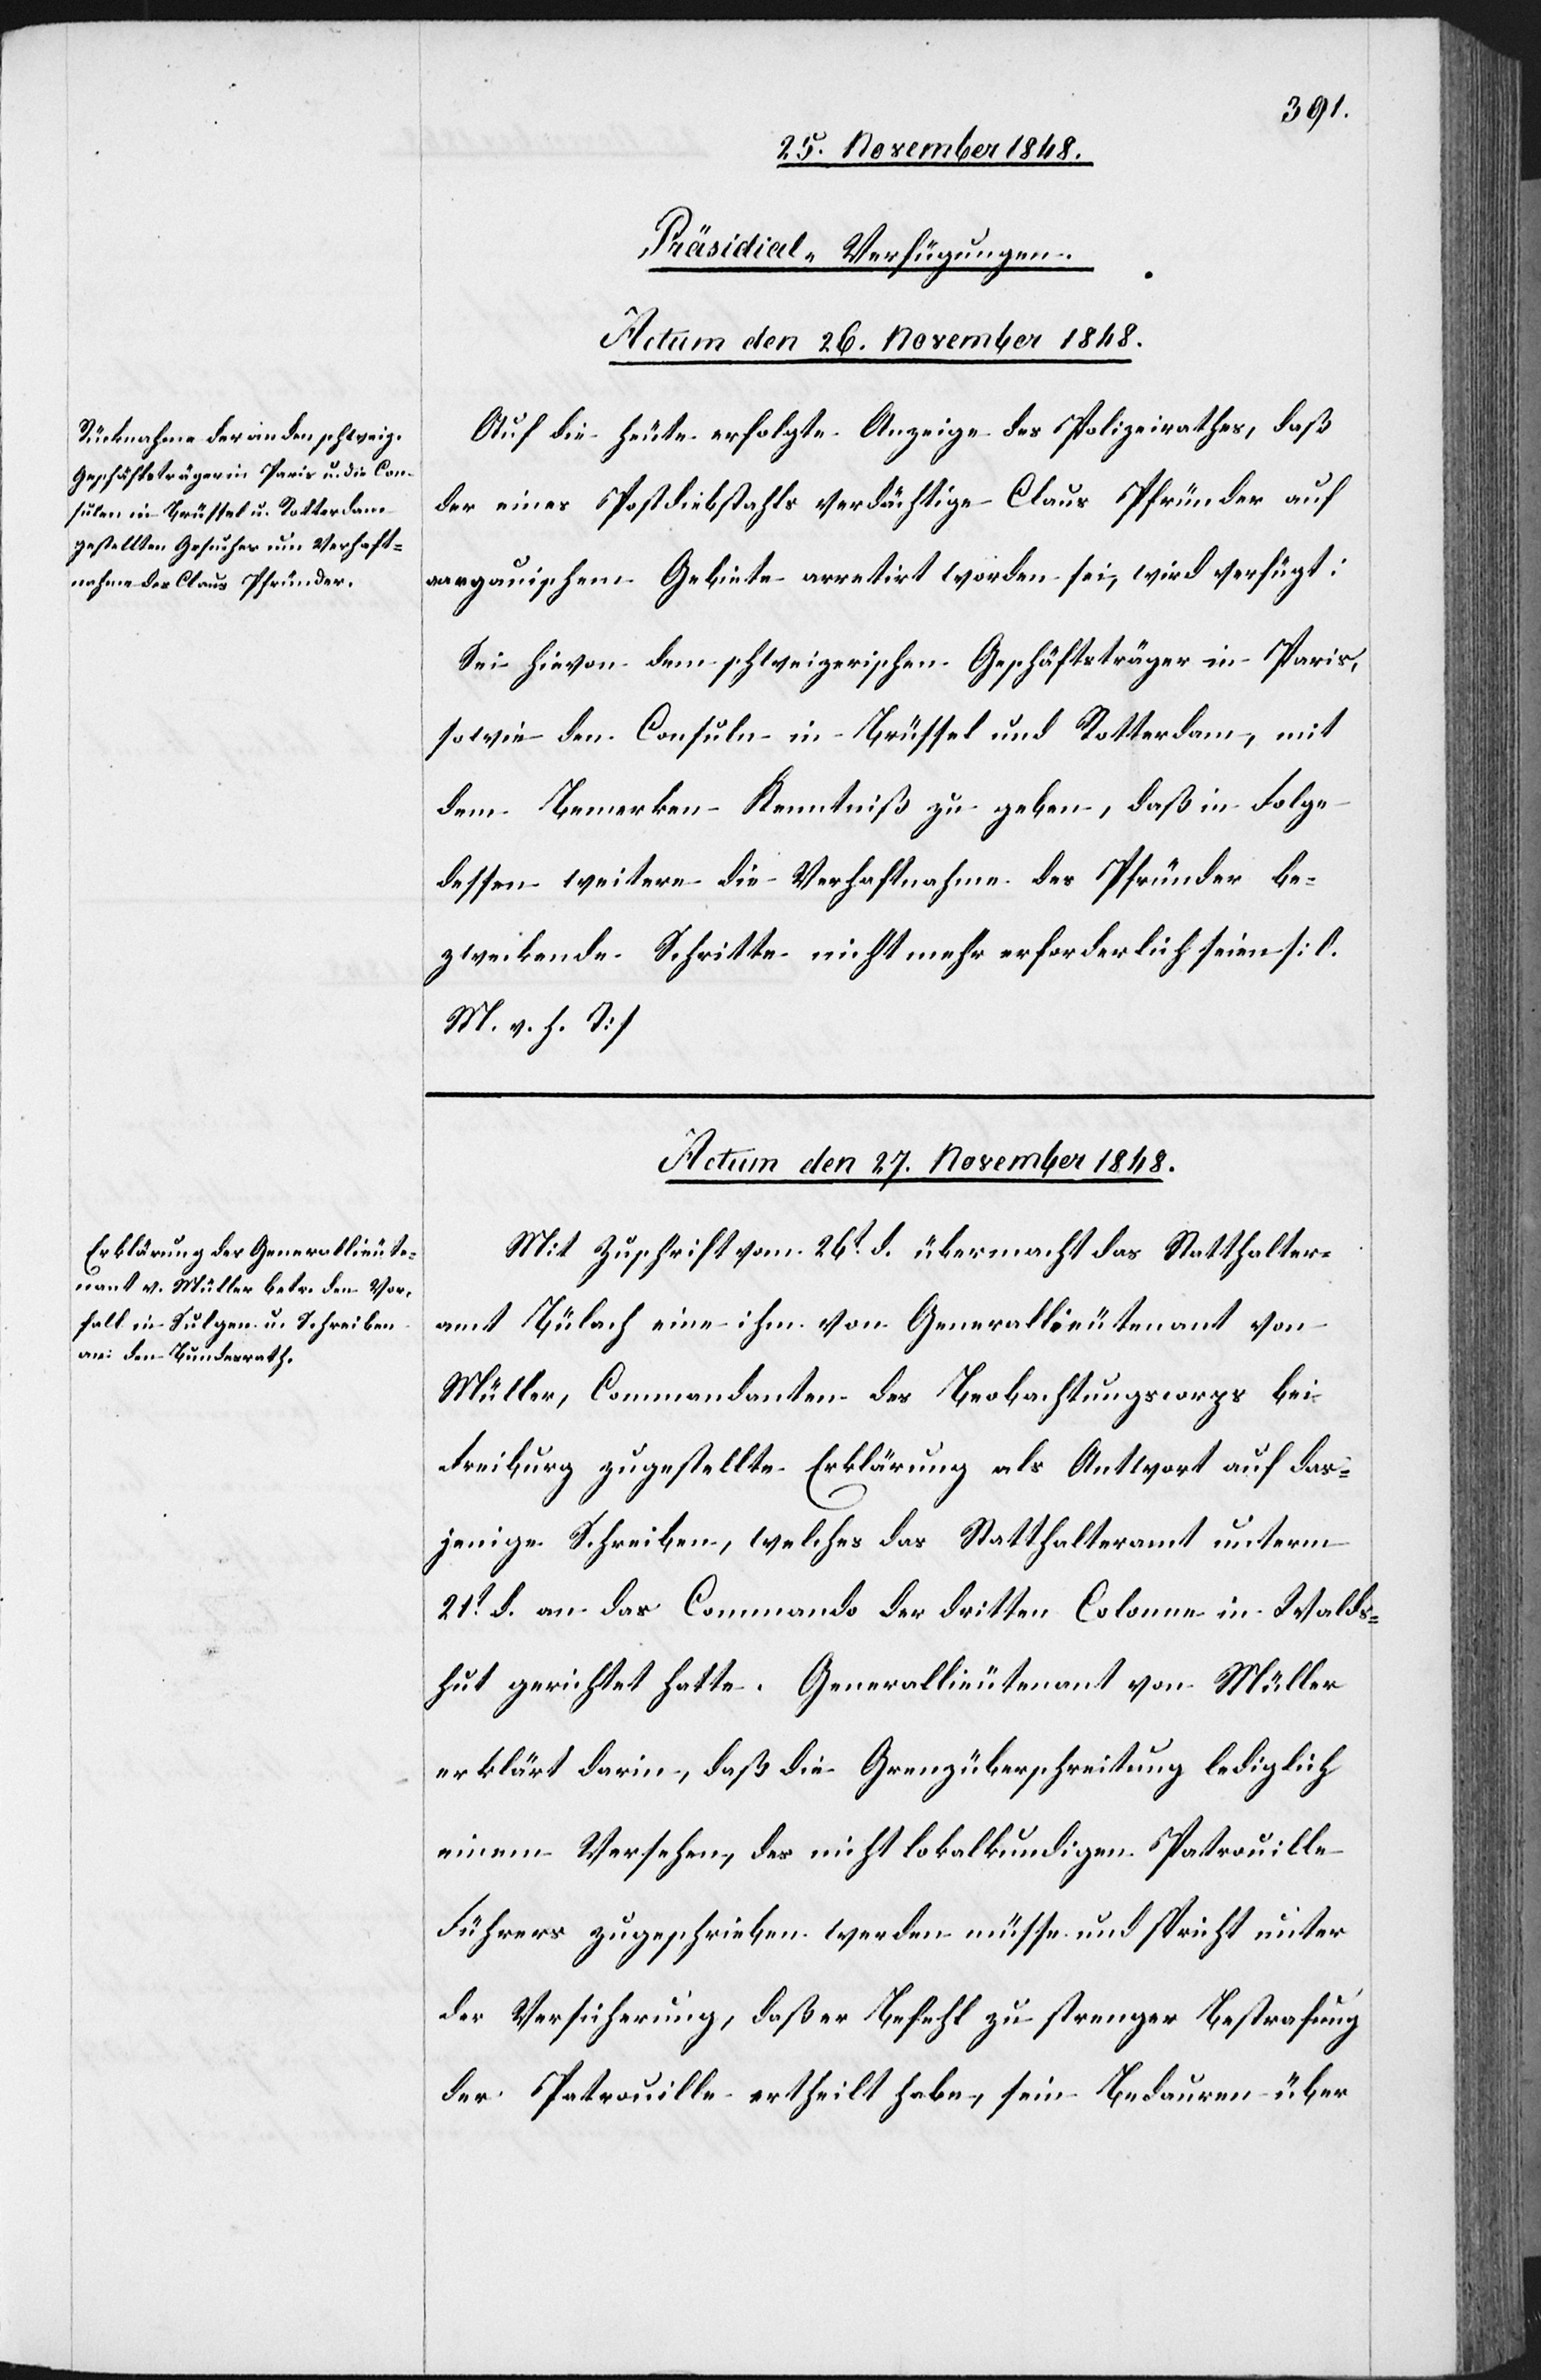
[Präsidial-Verfügungen.]
Actum den 26. November 1848.
Auf die heute erfolgte Anzeige des Polizeirathes, daß
der eines Postdiebstahls verdächtige Claus Pfründer auf
aargauischem Gebiete arretirt worden sei, wird verfügt:
Sei hievon dem schweizerischen Geschäftsträger in Paris,
sowie den Consuln in Brüssel und Rotterdam, mit
dem Bemerken Kenntniß zu geben, das in Folge
dessen weitere die Verhaftnahme des Pfründer be¬
zweckende Schritte nicht mehr erforderlich seien [l.
M. v. h. T]
Actum den 27. November 1848.
Mit Zuschrift vom 26t d. übermacht das Statthalter¬
amt Bülach eine ihm von Generallieutenant von
Müller, Commandanten des Beobachtungscorps bei
Freiburg zugestellte Erklärung als Antwort auf das¬
jenige Schreiben, welches das Statthalteramt unterm
21t d. an das Commando der dritten Colonne in Walds¬
hut gerichtet hatte. Generallieutenant von Müller
erklärt darin, daß die Grenzüberschreitung lediglich
einem Versehen, des nicht lokalkundigen Patrouille
Führers zugeschrieben werden müsse und spricht unter
der Versicherung, das er Befehl zu strenger Bestrafung
der Patrouille ertheilt habe, sein Bedauern über